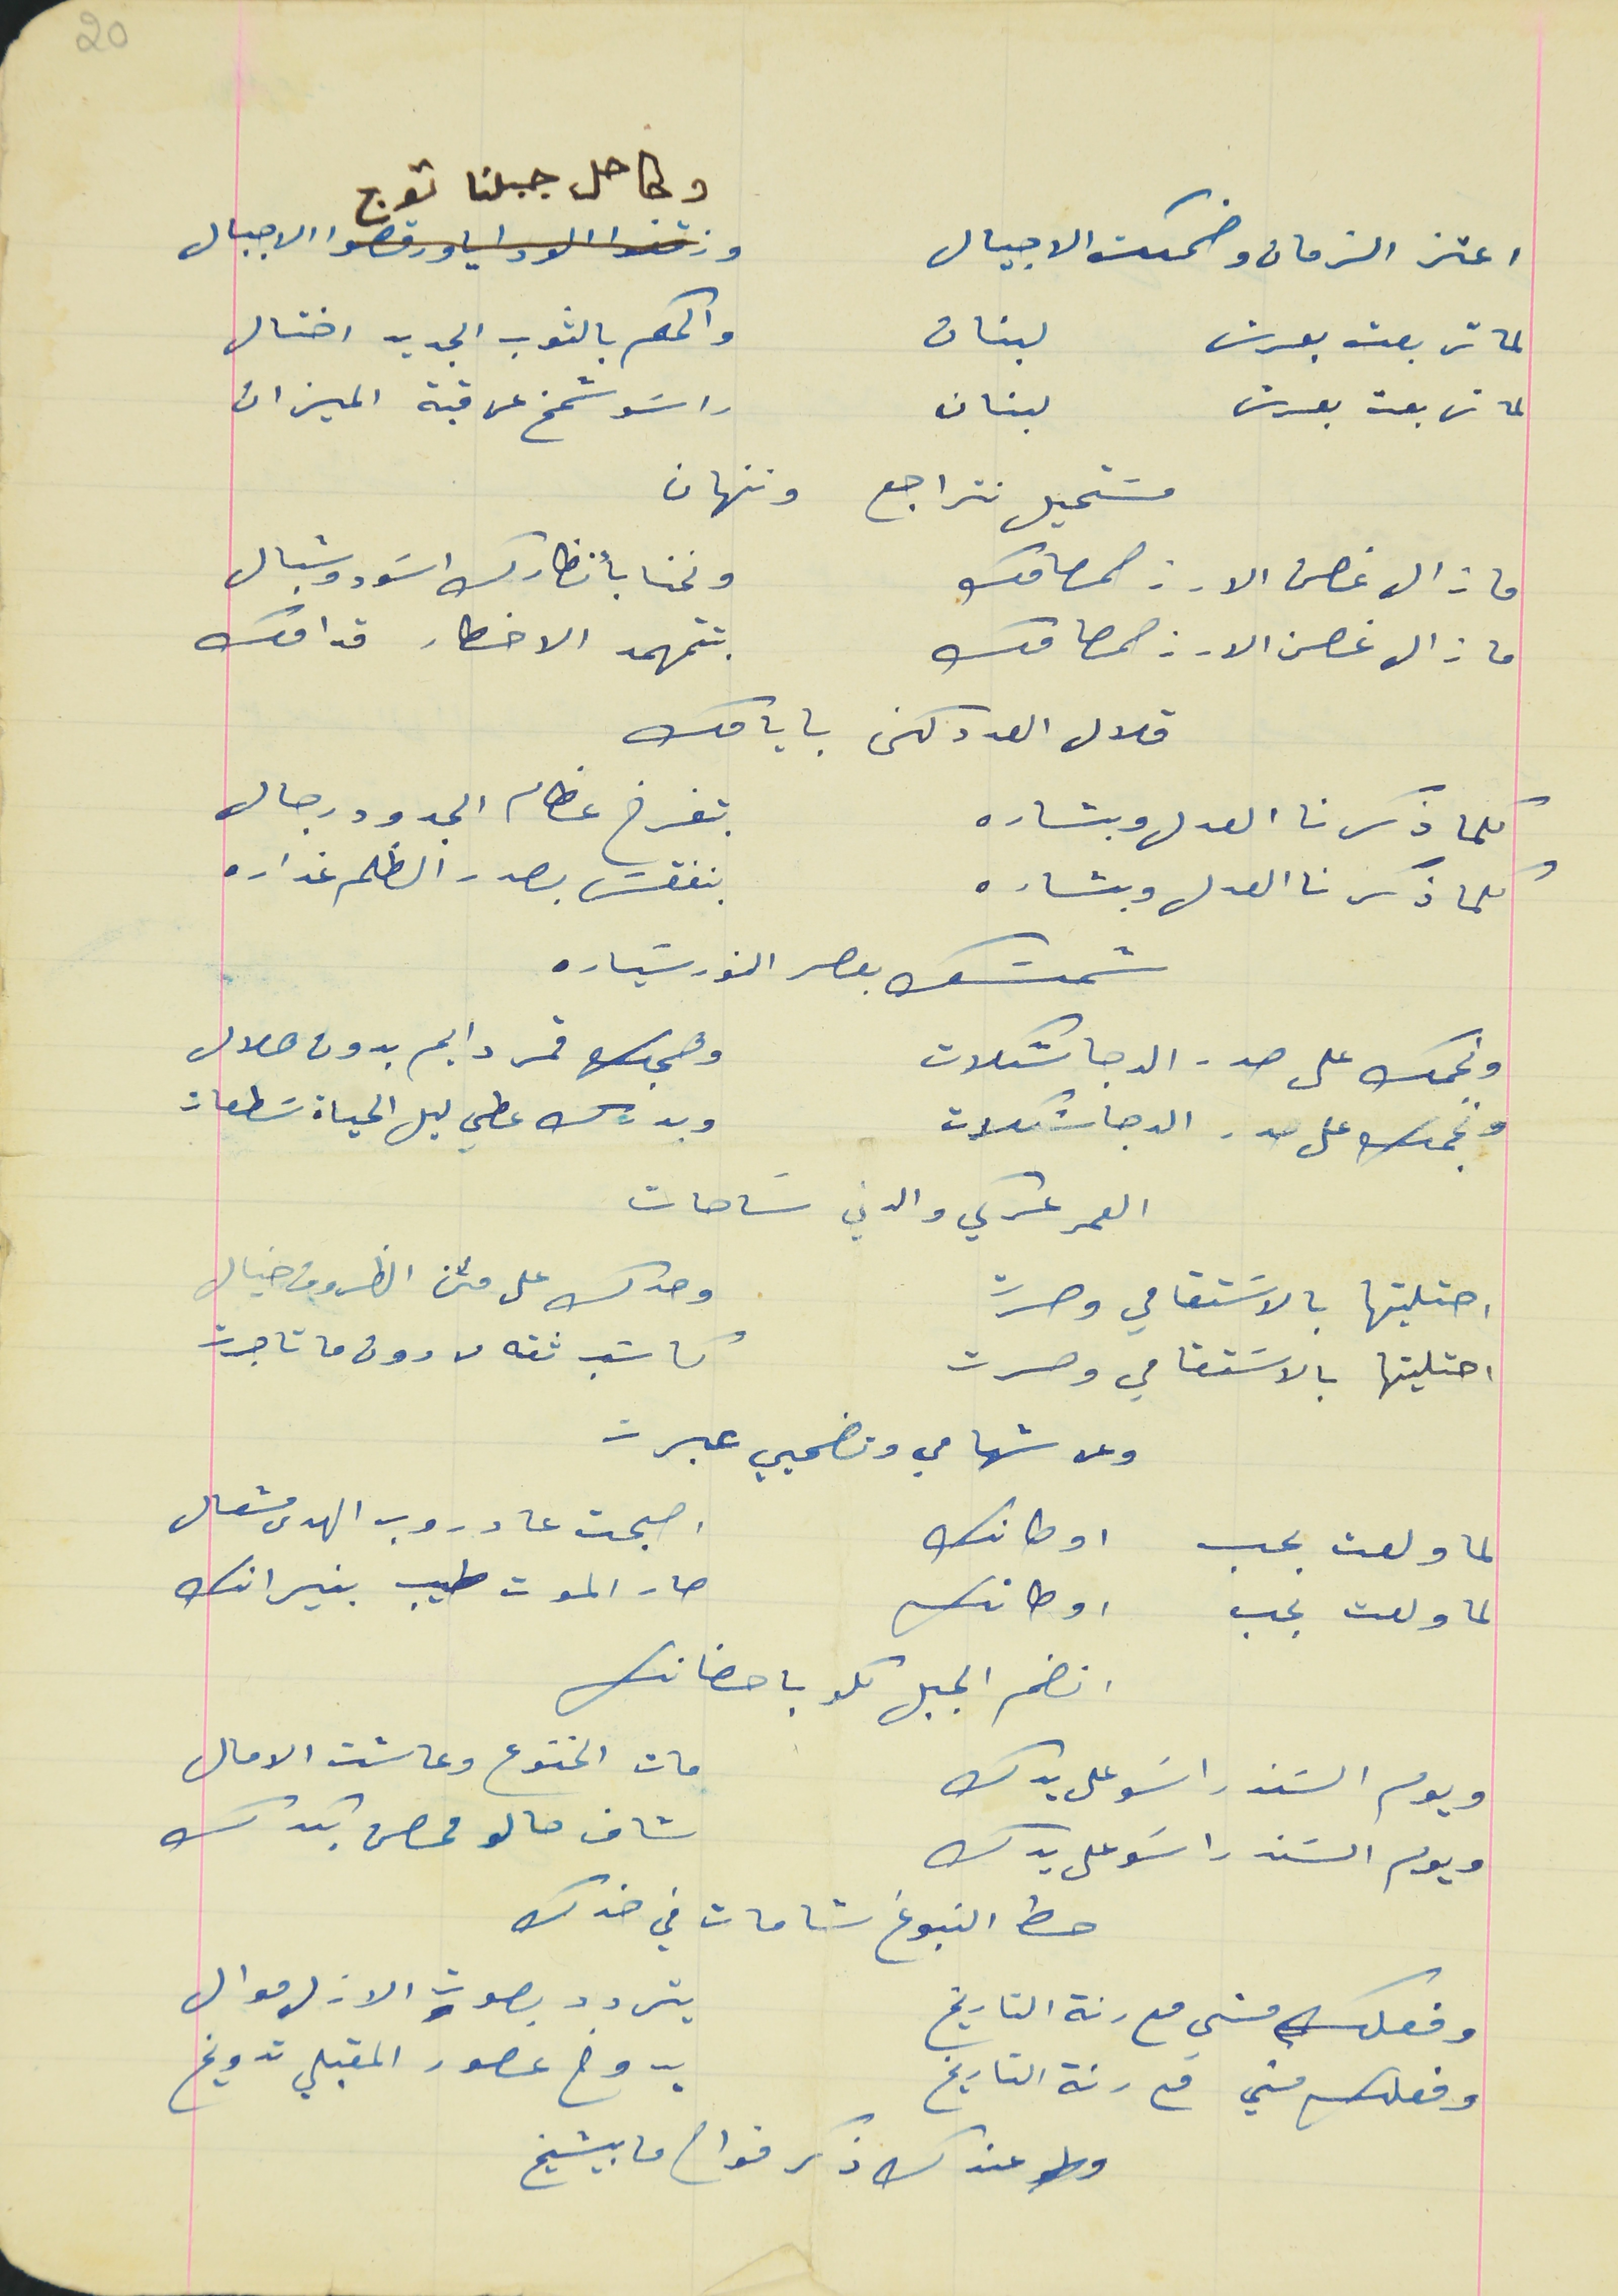
اعتز الزمان وضحكت الاجيال                              وكاحل جبلنا توج الاجيال
لما تربعت بعرش لبنان                                والحكم بالثوب الجديد اختال
لما تربعت بعرش لبنان                                    راسَو شمخ عن قبة الميزان
مسَتحيل نتراجع وننهان
ما زال غصن الارز صمامك                                     ونحنا بانظارك اسَود وشبال
ما زال غصن الارز صمامك                                   بتتمهمد الاخطار قدامك
قلال العددكن بايامك
كلما ذكرنا العدل وبشاره                                بتفرخ عظام الجدود رجال
كلما ذكرنا العدل وبشاره                                بنفقش بصدر الظلم غداره
شمسَك بعصر النور سَياره
ونجمك على صدر الدجا شكلات                                وهجك قمر دايم بدون هلال
ونجمك على صدر الدجا شكلات                                وبدرك عطي ليل الحياة سَطعات
العمر عركي والدني سَاحات
احتليتها بالاسَتقامي وصرت                                وحدك على متن الظروف خيال
احتليتها بالاسَتقامي وصرت                                كاتب ثقه من دون ما تاجرت
 وعن شهامي وتضحيي عبرت
لما ولعت بحب اوطانك                                اصبحت عا دروب الهدى مشعال
لما ولعت بحب اوطانك                                صار الموت طيب بنيرانك
انضم الجبل كلو باحضانك
ويوم السَند راسَو على يدك                                مات الخنوع وعاشت الامال
ويوم السَند راسَو على يدك                                شاف حالو محصن بكدك
حط النبوغ شامات في خدك
وفعلك مشي مع رنة التاريخ                                يتردد بصوت الازل موال
وفعلك مشي مع رنة التاريخ                                يدوخ عصور المقبلي تدويخ
 وعندك ذكر فواح ما بيشيخ
20